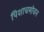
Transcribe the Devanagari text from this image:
पिशाचमोचन